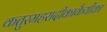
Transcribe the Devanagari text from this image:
कतुरमहरादीकाकैयीका